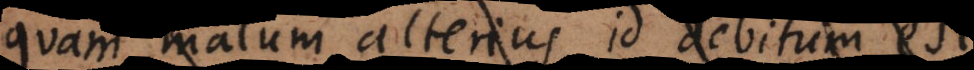
quam malum alterius id debitum est.